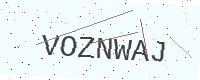
Text: VOZNWAJ